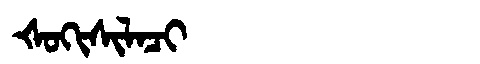
Manchu: ᡧᠣᡴᡳᠰᡳᠯᠠᠴᡳ
Romanization: ŠOKISILACI